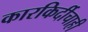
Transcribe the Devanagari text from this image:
कारकिर्दीचाही